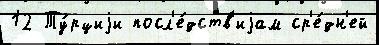
12 Ту́рциjи посл'е́дств'иjам ср'е́дн'ей